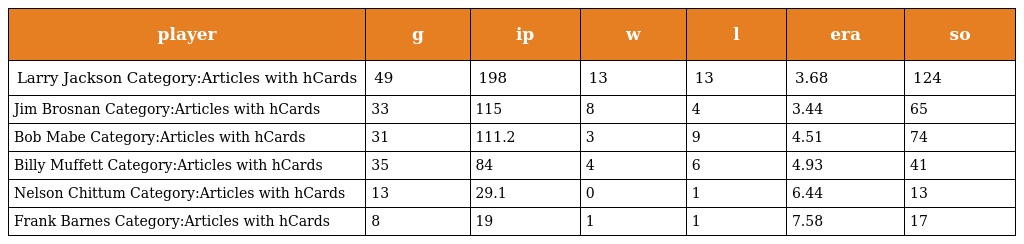
| player | g | ip | w | l | era | so |
 | --- | --- | --- | --- | --- | --- | --- |
 | Larry Jackson Category:Articles with hCards | 49 | 198 | 13 | 13 | 3.68 | 124 |
 | Jim Brosnan Category:Articles with hCards | 33 | 115 | 8 | 4 | 3.44 | 65 |
 | Bob Mabe Category:Articles with hCards | 31 | 111.2 | 3 | 9 | 4.51 | 74 |
 | Billy Muffett Category:Articles with hCards | 35 | 84 | 4 | 6 | 4.93 | 41 |
 | Nelson Chittum Category:Articles with hCards | 13 | 29.1 | 0 | 1 | 6.44 | 13 |
 | Frank Barnes Category:Articles with hCards | 8 | 19 | 1 | 1 | 7.58 | 17 |